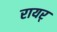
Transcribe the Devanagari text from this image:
रायर्